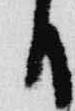
日